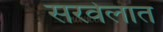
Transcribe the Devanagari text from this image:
सरवेलात